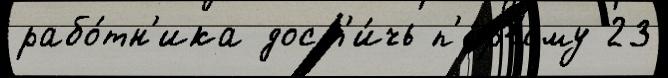
рабо́тн'ика дост'и́чь п'е́рвому 23